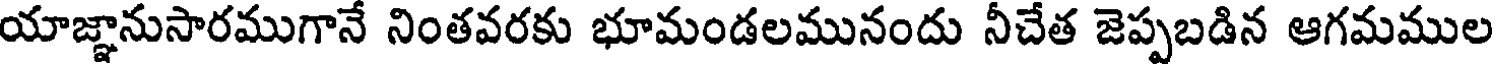
యాజ్ఞానుసారముగానే నింతవరకు భూమండలమునందు నీచేత జెప్పబడిన ఆగమముల